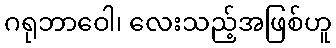
ဂရုဘာဝေါ၊ လေးသည့်အဖြစ်ဟူ